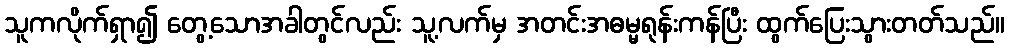
သူကလိုက်ရှာ၍ တွေ့သောအခါတွင်လည်း သူ့လက်မှ အတင်းအဓမ္မရုန်းကန်ပြီး ထွက်ပြေးသွားတတ်သည်။